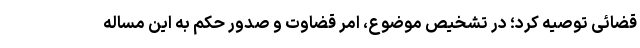
قضائی توصیه کرد؛ در تشخیص موضوع، امر قضاوت و صدور حکم به این مساله